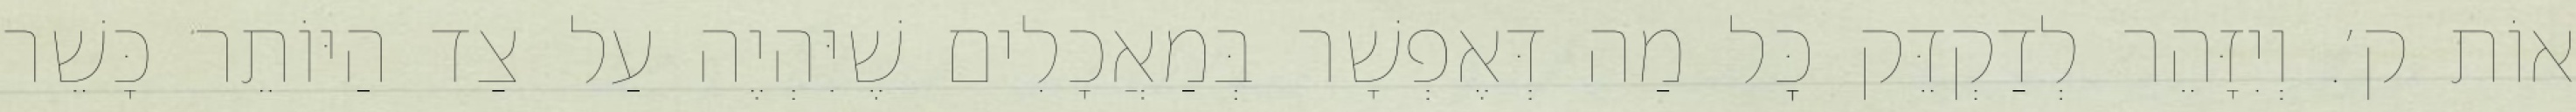
אוֹת ק׳. וְיִזָּהֵר לְדַקְדֵּק כׇּל מַה דְּאֶפְשָׁר בְּמַאֲכָלִים שֶׁיִּהְיֶה עַל צַד הַיּוֹתֵר כָּשֵׁר